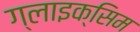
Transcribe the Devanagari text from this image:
ग्लाइक्सिम